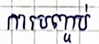
ការបញ្ចប់